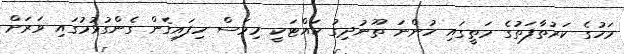
މަހުގެ ކަރުތާފަތުގެ މަތީގައި ހުންނަ ތޫނުދިގު ކައްޓަކީ މިމަސް ހިފައިގެން ގެންގުޅުމުގައި ވަރަށް